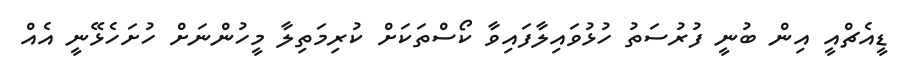
ޑީއެޗްއީ އިން ބުނީ ފުރުސަތު ހުޅުވައިލާފައިވާ ކޯސްތަކަށް ކުރިމަތިލާ މީހުންނަށް ހުށަހެޅޭނީ އެއް